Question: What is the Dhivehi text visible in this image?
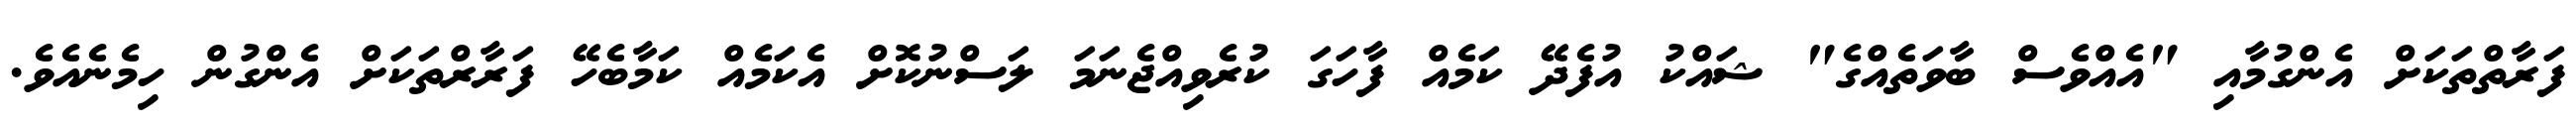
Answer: ފަރާތްތަކަށް އެންގުމާއި "އެއްވެސް ބާވަތެއްގެ" ޝައްކު އުފެދޭ ކަމެއް ފާހަގަ ކުރެވިއްޖެނަމަ ލަސްނުކޮށް އެކަމެއް ކަމާބެހޭ ފަރާރްތަކަށް އެންގުން ހިމެނެއެވެ.